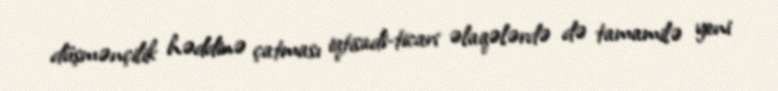
düşmənçilik həddinə çatması iqtisadi-ticari əlaqələrdə də tamamilə yeni